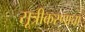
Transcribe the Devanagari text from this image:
सूत्रीकरणाचा